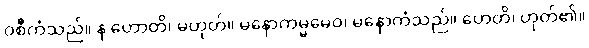
ဝစီကံသည်။ န ဟောတိ၊ မဟုတ်။ မနောကမ္မမေဝ၊ မနောကံသည်။ ဟေတိ၊ ဟုတ်၏။